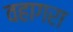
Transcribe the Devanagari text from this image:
वहागरा